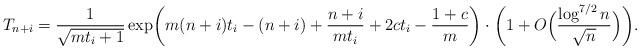
LaTeX: \begin{align*}T_{n+i}=\frac{1}{\sqrt{mt_i+1}}\exp\biggl(m(n+i)t_i-(n+i)+\frac{n+i}{mt_i}+2ct_i-{1+c\over m}\biggr)\cdot\biggl(1+O\Bigl(\frac{\log^{7/2}{n}}{\sqrt{n}}\Bigr)\biggr).\end{align*}